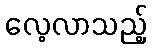
လေ့လာသည့်